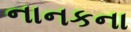
નાનકના